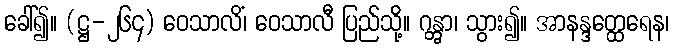
ခေါ်၍။ (ဋ္ဌ-၂၆၄) ဝေသာလိံ၊ ဝေသာလီ ပြည်သို့။ ဂန္တွာ၊ သွား၍။ အာနန္ဒတ္ထေရေန၊